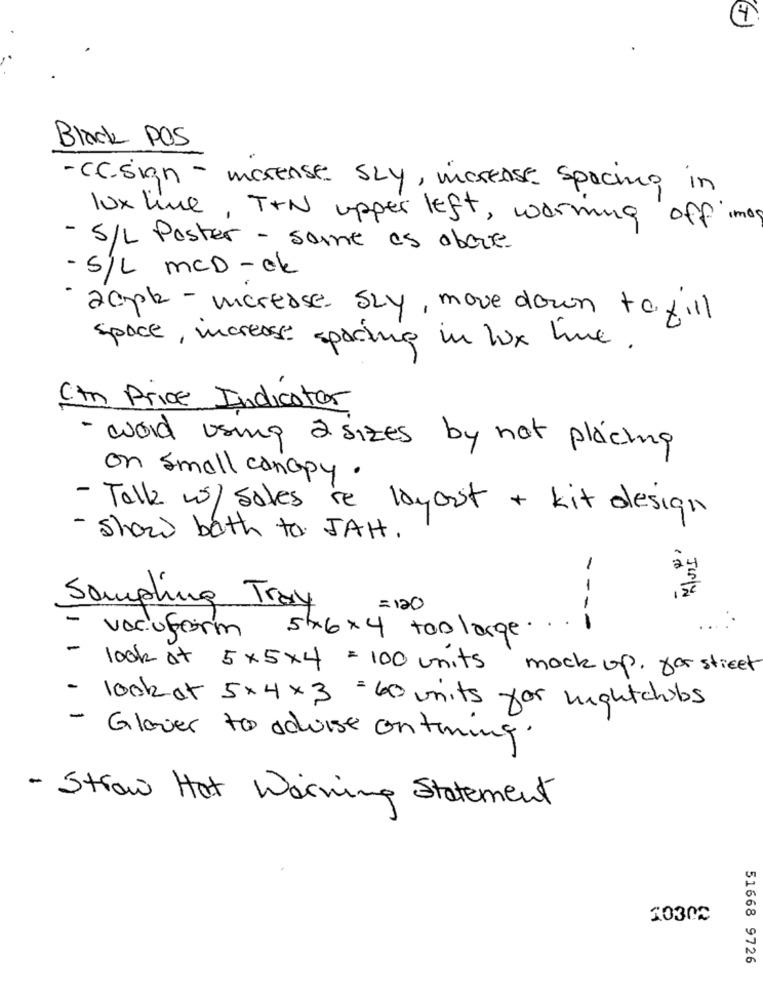
4
Black POS
-C.C.sign - morense SLY, morense spacing in
lux line , T+N upper left , warming off imog
- S/L Poster - same as above
- S/L MCD - ok
acpb - increase SLY, move down to fill
space, increase spacing in lox hue.
Ctn Price Indicator
word using a sizes by not placing
on small canopy.
- Talk w/Sales re layout + kit design
- show bath to JAH.
-
July
Sampling Tray
= 120
vacuform 5x6×4 toolarge ....
-
look at 5 x5×4 = 100 units mock up, for street
- look at 5× 4 × 3 = 60 units yor nightchibs
- Glover to advise conthing.
- Straw Hat Warning Statement
1030℃
51668 9726